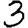
Digit: 3